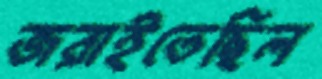
জরাইতেছিল